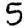
Digit: 5